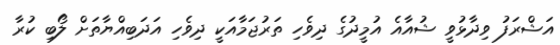
އަޝްރަފު ވިދާޅުވީ ޝުއާއެ އުމީދުގެ ދިވެހި ތަރުޖަމާއަކީ ދިވެހި އަދަބިއްޔާތަށް ލޯބި ކުރާ